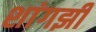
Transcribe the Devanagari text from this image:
शांगझी